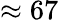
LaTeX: \approx 67